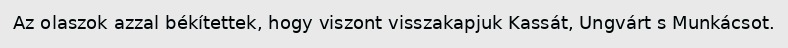
Az olaszok azzal békítettek, hogy viszont visszakapjuk Kassát, Ungvárt s Munkácsot.